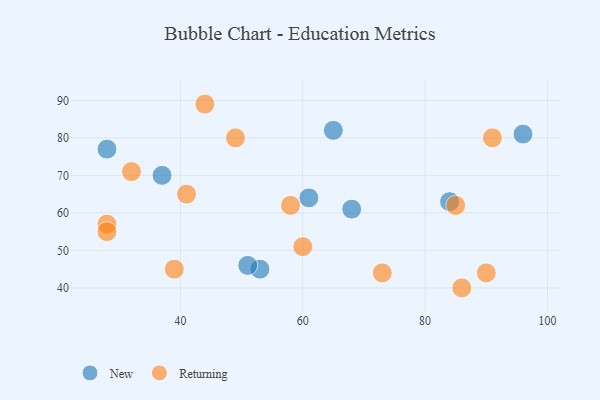
{"axis": {"x": "GDP", "y": "Life Expectancy"}, "legend": ["New", "Returning"], "data": [{"x": "61", "y": 64, "type": "New"}, {"x": "28", "y": 77, "type": "New"}, {"x": "84", "y": 63, "type": "New"}, {"x": "37", "y": 70, "type": "New"}, {"x": "53", "y": 45, "type": "New"}, {"x": "96", "y": 81, "type": "New"}, {"x": "65", "y": 82, "type": "New"}, {"x": "68", "y": 61, "type": "New"}, {"x": "51", "y": 46, "type": "New"}, {"x": "44", "y": 89, "type": "Returning"}, {"x": "91", "y": 80, "type": "Returning"}, {"x": "73", "y": 44, "type": "Returning"}, {"x": "60", "y": 51, "type": "Returning"}, {"x": "41", "y": 65, "type": "Returning"}, {"x": "58", "y": 62, "type": "Returning"}, {"x": "32", "y": 71, "type": "Returning"}, {"x": "49", "y": 80, "type": "Returning"}, {"x": "28", "y": 57, "type": "Returning"}, {"x": "85", "y": 62, "type": "Returning"}, {"x": "28", "y": 55, "type": "Returning"}, {"x": "90", "y": 44, "type": "Returning"}, {"x": "86", "y": 40, "type": "Returning"}, {"x": "39", "y": 45, "type": "Returning"}]}